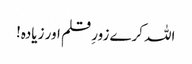
اللہ کرے زورِ قلم اور زیادہ!